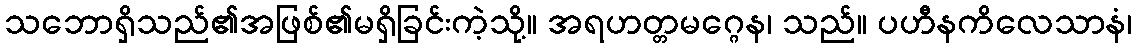
သဘောရှိသည်၏အဖြစ်၏မရှိခြင်းကဲ့သို့။ အရဟတ္တမဂ္ဂေန၊ သည်။ ပဟီနကိလေသာနံ၊